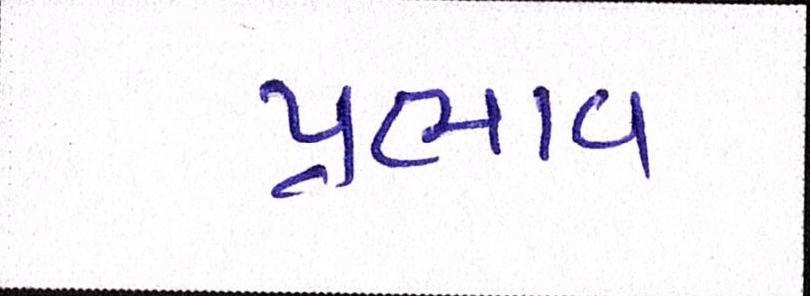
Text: પ્રભાવ